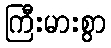
ကြီးမားစွာ